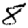
Digit: 8